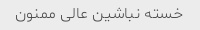
خسته نباشین عالی ممنون